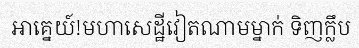
អាគ្នេយ៍!មហាសេដ្ឋីវៀតណាមម្នាក់ ទិញក្លឹប